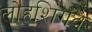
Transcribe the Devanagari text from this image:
लोहशिंगवे